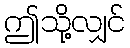
ဤသို့လျှင်